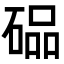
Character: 𮀭